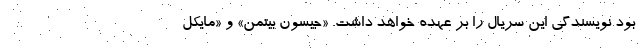
بود نویسندگی این سریال را بر عهده خواهد داشت. «جیسون بیتمن» و «مایکل